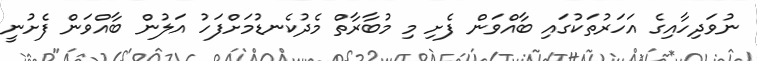
ނުވަދިހާއިގެ އަހަރުތަކުގައި ބާއްވަން ފެށި މި މުބާރާތް މެދުކެނޑުމަށްފަހު އަލުން ބާއްވަން ފެށުނީ